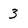
Character: 3